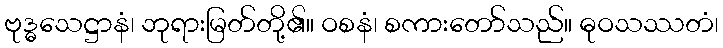
ဗုဒ္ဓသေဋ္ဌာနံ၊ ဘုရားမြတ်တို့၏။ ဝစနံ၊ စကားတော်သည်။ ဓုဝသဿတံ၊